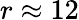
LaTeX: r\approx 12